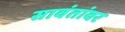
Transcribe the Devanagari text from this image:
सावंतांवर